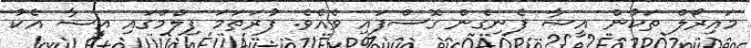
މައިރޯލް ތަކުން އީޝާ ފެނިގެން ގޮސްފައި ވެއެވެ. ފުރަތަމަ ފިލްމްގައި އީޝާ އެކު